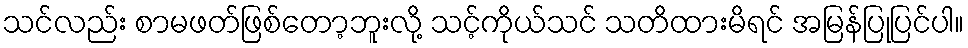
သင်လည်း စာမဖတ်ဖြစ်တော့ဘူးလို့ သင့်ကိုယ်သင် သတိထားမိရင် အမြန်ပြုပြင်ပါ။